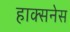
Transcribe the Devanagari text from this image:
हाक्सनेस